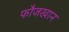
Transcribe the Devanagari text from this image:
फौजखान